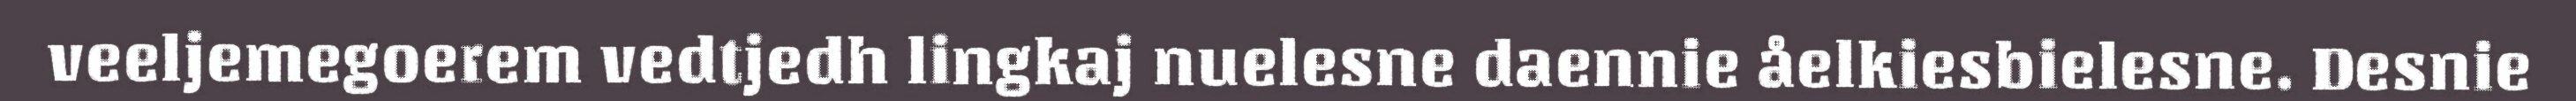
veeljemegoerem vedtjedh lingkaj nuelesne daennie åelkiesbielesne. Desnie